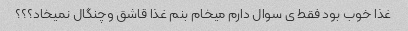
غذا خوب بود فقط ی سوال دارم میخام بنم غذا قاشق وچنگال نمیخاد؟؟؟